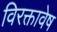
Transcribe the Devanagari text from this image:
विरक्तावेष